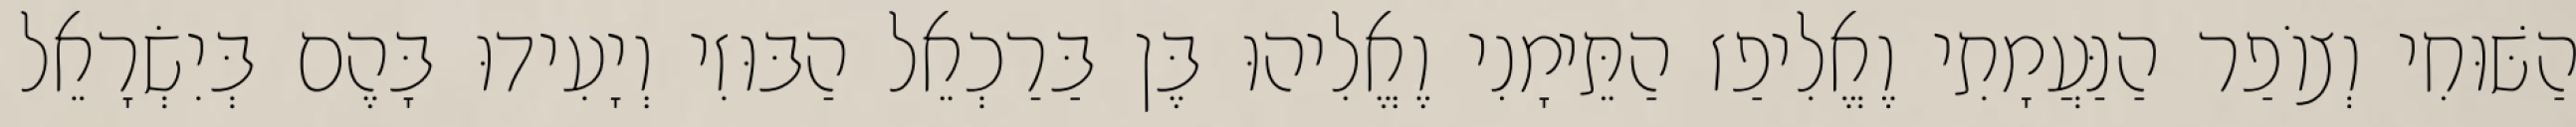
הַשּׁוּחִי וְצוֹפַר הַנַּעֲמָתִי וֶאֱלִיפַז הַתֵּימָנִי וֶאֱלִיהוּ בֶּן בַּרַכְאֵל הַבּוּזִי וְיָעִידוּ בָּהֶם בְּיִשְׂרָאֵל